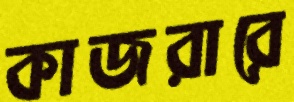
কাজরারে